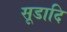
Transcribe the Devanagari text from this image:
सूडादि